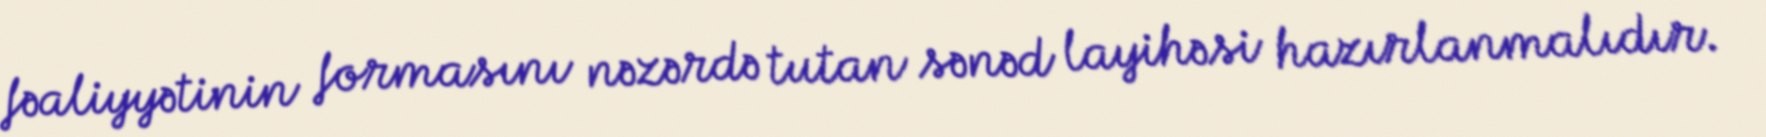
fəaliyyətinin formasını nəzərdə tutan sənəd layihəsi hazırlanmalıdır.